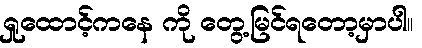
ရှုထောင့်ကနေ ကို တွေ့မြင်ရတော့မှာပါ။